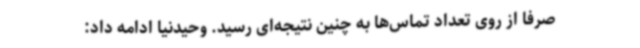
صرفا از روی تعداد تماس‌ها به چنین نتیجه‌ای رسید. وحیدنیا ادامه داد: